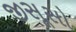
જીસૂસો